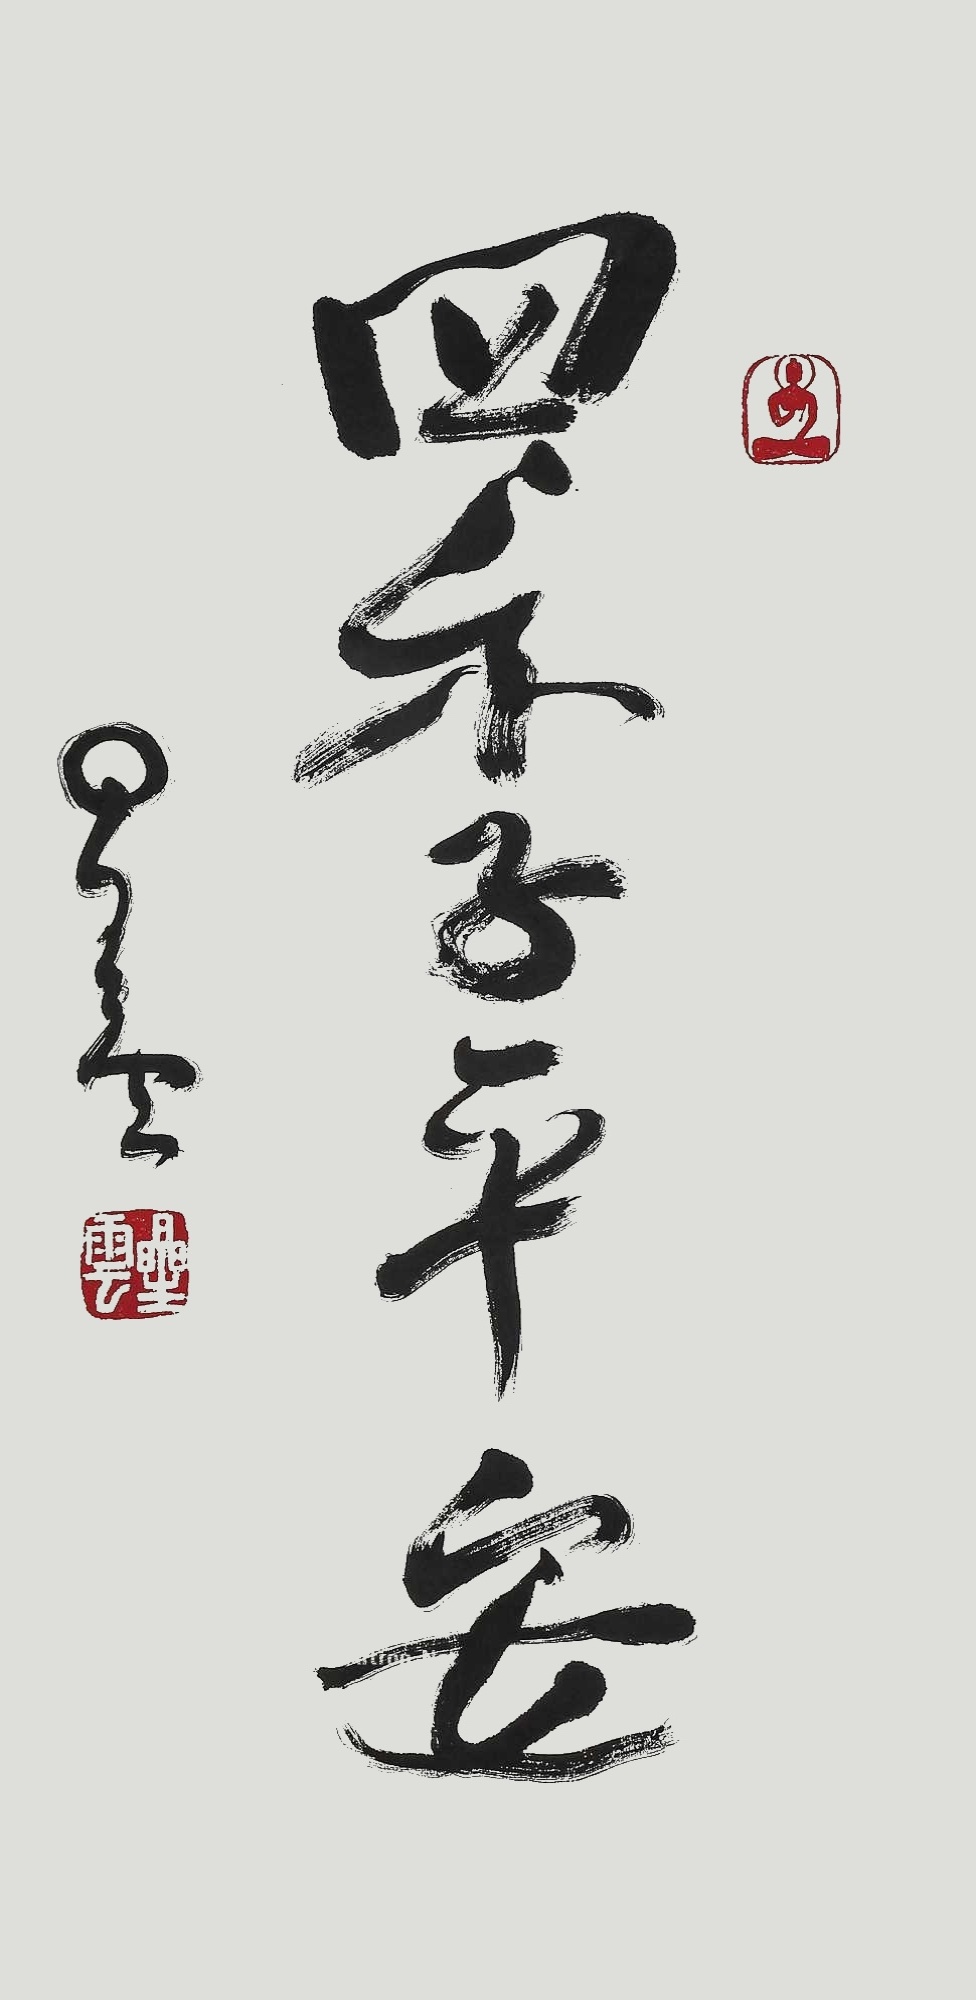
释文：四季平安。星云。